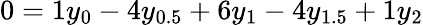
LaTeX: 0=1y_{0}-4y_{0.5}+6y_{1}-4y_{1.5}+1y_{2}